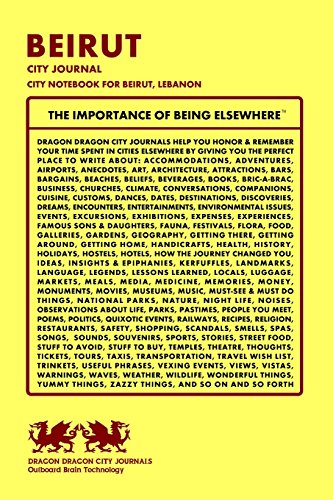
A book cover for Beirut City Journal, City Notebook for Beirut, Lebanon; Dragon Dragon City Journals; Travel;